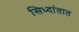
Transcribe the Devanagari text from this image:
सिध्दांतात